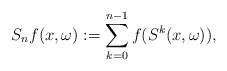
LaTeX: \begin{align*}S_nf (x, \omega) := \sum_{k=0}^{n-1}f( S^k(x, \omega)),\end{align*}